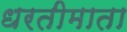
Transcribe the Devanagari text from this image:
धरतीमाता